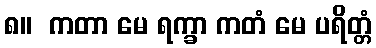
၈။  ကတာ မေ ရက္ခာ ကတံ မေ ပရိတ္တံ